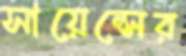
সায়েন্সের